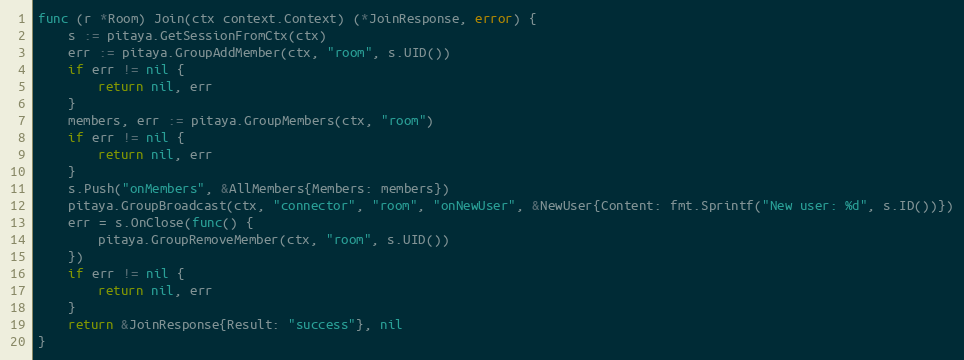
Language: Go
func (r *Room) Join(ctx context.Context) (*JoinResponse, error) {
	s := pitaya.GetSessionFromCtx(ctx)
	err := pitaya.GroupAddMember(ctx, "room", s.UID())
	if err != nil {
		return nil, err
	}
	members, err := pitaya.GroupMembers(ctx, "room")
	if err != nil {
		return nil, err
	}
	s.Push("onMembers", &AllMembers{Members: members})
	pitaya.GroupBroadcast(ctx, "connector", "room", "onNewUser", &NewUser{Content: fmt.Sprintf("New user: %d", s.ID())})
	err = s.OnClose(func() {
		pitaya.GroupRemoveMember(ctx, "room", s.UID())
	})
	if err != nil {
		return nil, err
	}
	return &JoinResponse{Result: "success"}, nil
}